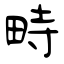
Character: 畤